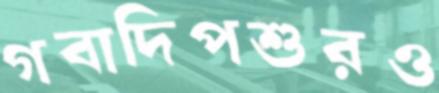
গবাদিপশুরও